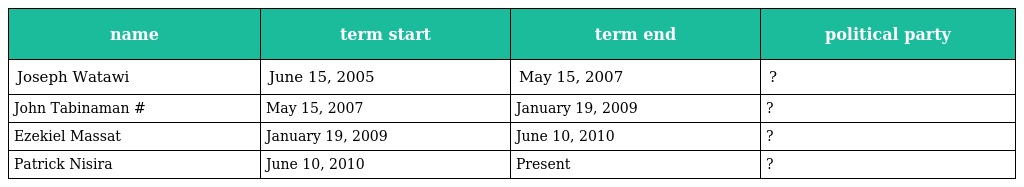
| name | term start | term end | political party |
 | --- | --- | --- | --- |
 | Joseph Watawi | June 15, 2005 | May 15, 2007 | ? |
 | John Tabinaman # | May 15, 2007 | January 19, 2009 | ? |
 | Ezekiel Massat | January 19, 2009 | June 10, 2010 | ? |
 | Patrick Nisira | June 10, 2010 | Present | ? |